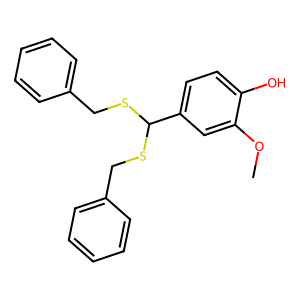
SMILES: COc1cc(C(SCc2ccccc2)SCc2ccccc2)ccc1O
Inhibits HIV replication: No